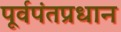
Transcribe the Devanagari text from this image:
पूर्वपंतप्रधान